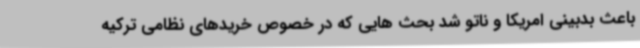
باعث بدبینی امریکا و ناتو شد بحث هایی که در خصوص خریدهای نظامی ترکیه